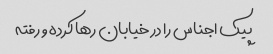
پیک اجناس را در خیابان رها کرده و رفته